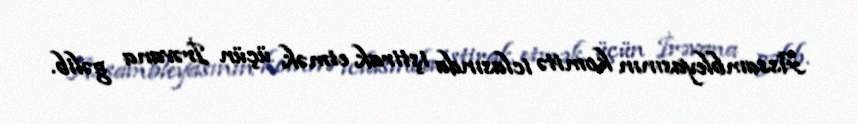
Assambleyasının komitə iclasında iştirak etmək üçün İrəvana gəlib.